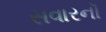
સવારનૉ